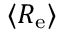
\langle R _ { \mathrm { e } } \rangle